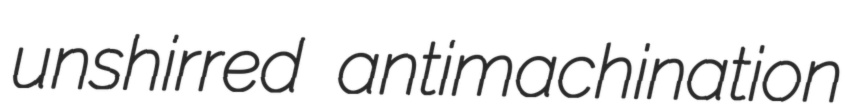
unshirred antimachination